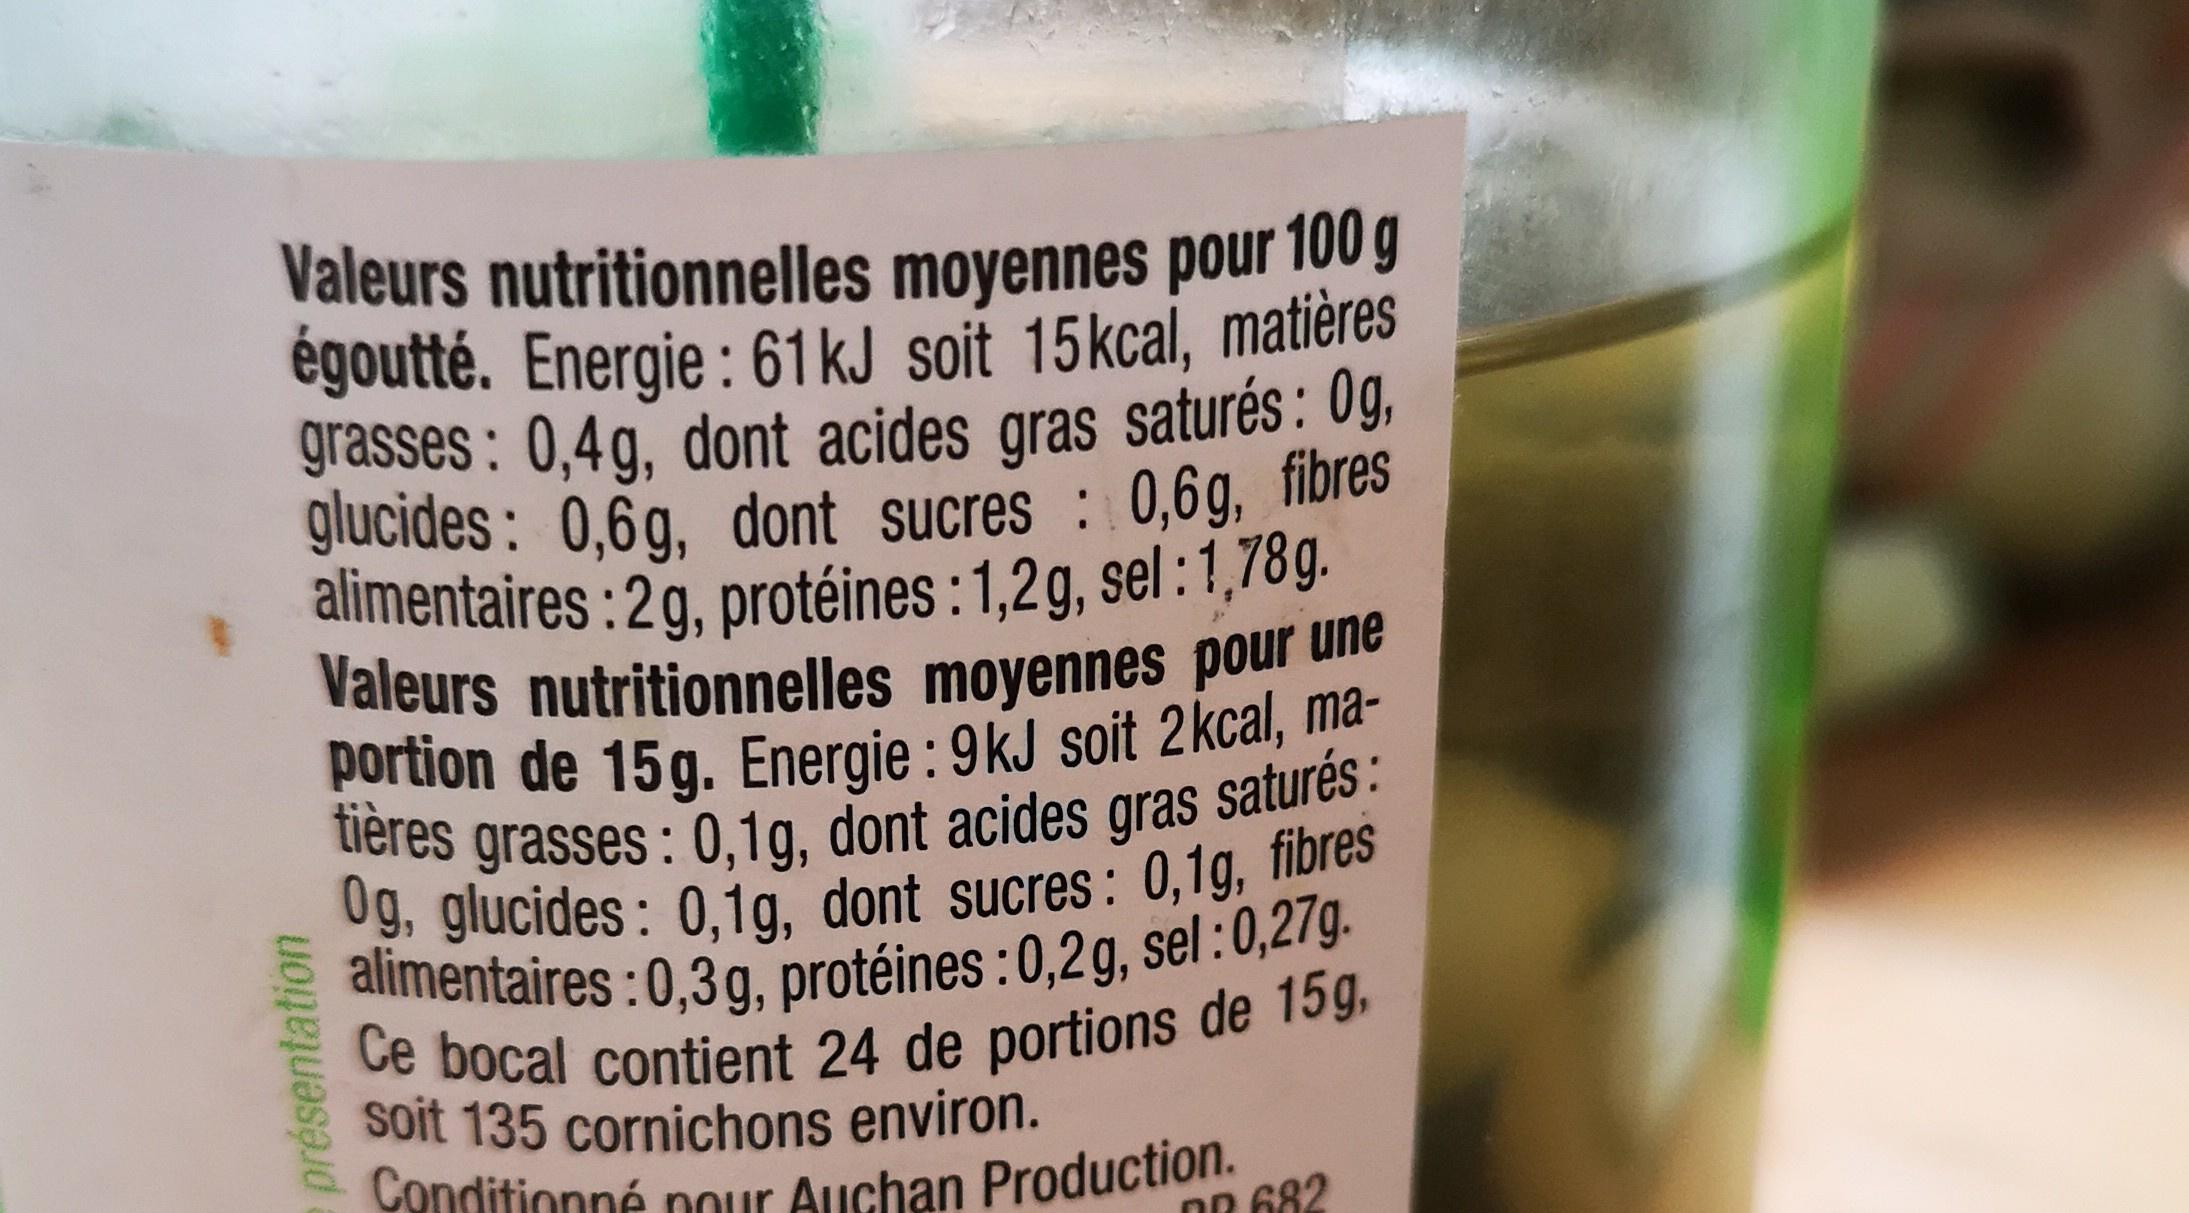
Valeurs nutritionnelles moyennes pour 100 g égoutté. Energie: 61 kJ soit 15 kcal, matières grasses: 0,4g, dont acides gras saturés: 0g, glucides: 0,6g, dont sucres : 0,6g, fibres alimentaires : 2g, protéines : 1,2g, sel : 1,78g. Valeurs nutritionnelles moyennes pour une portion de 15g. Energie: 9kJ soit 2 kcal, matières grasses: 0,1g, dont acides gras saturés: Og, glucides: 0,1g, dont sucres: 0,1g, fibres alimentaires:0,3 g, protéines:0,2g, sel:0,27g. Ce bocal contient 24 de portions de 15g, soit 135 cornichons environ. Conditionné pour Auchan Production.
présentation
DD 682